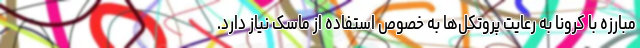
مبارزه با کرونا به رعایت پروتکل‌ها به خصوص استفاده از ماسک نیاز دارد.